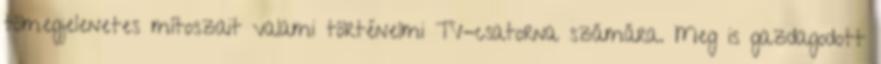
tömegjelenetes mítoszait valami történelmi TV-csatorna számára. Meg is gazdagodott